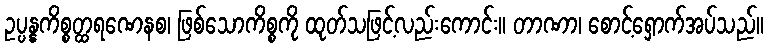
ဥပ္ပန္နကိစ္စတ္ထရဏေနစ၊ ဖြစ်သောကိစ္စကို ထုတ်သဖြင့်လည်းကောင်း။ တာဏာ၊ စောင့်ရှောက်အပ်သည်။